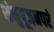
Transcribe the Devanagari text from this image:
शंभुपूजनपरं